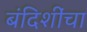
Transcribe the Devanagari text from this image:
बंदिशींचा